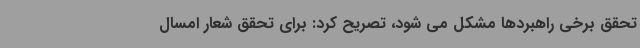
تحقق برخی راهبردها مشکل می شود، تصریح کرد: برای تحقق شعار امسال‌